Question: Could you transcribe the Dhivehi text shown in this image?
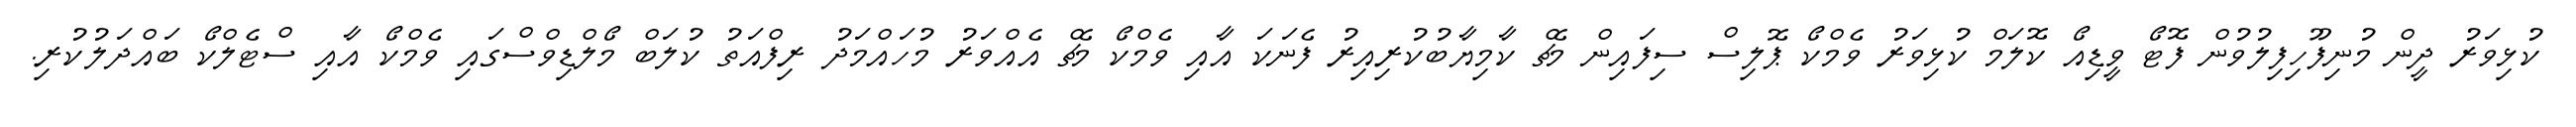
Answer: ކުޅިވަރު ދީން މުނިފޫހިފިލުވުން ފޮޓޯ ވީޑިއޯ ކޮލަމް ކުޅިވަރު ވެމްކޯ ޕޮލިސް ސިފައިން މެޗް ކާމިޔާބުކުރިއިރު ފެނަކަ އާއި ވެމްކޯ މެޗް އެއްވަރު މުހައްމަދު ރިފްއަތު ކުލަބް މޯލްޑިވްސްގައި ވެމްކޯ އާއި ސްޓެލްކޯ ބައްދަލުކުރި.